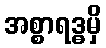
အစ္စာရဒ္ဓမှိ